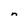
Character: n